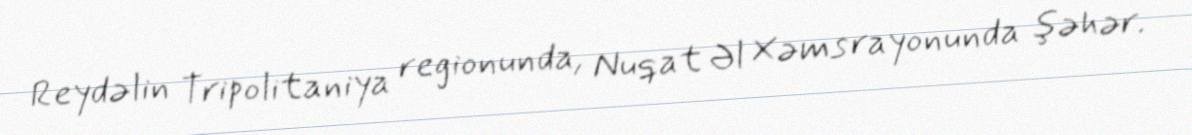
Reydəlin Tripolitaniya regionunda, Nuqat Əl Xəms rayonunda şəhər.